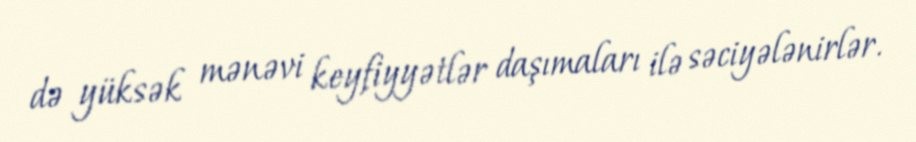
də yüksək mənəvi keyfiyyətlər daşımaları ilə səciyələnirlər.